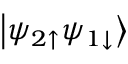
\left| \psi _ { 2 \uparrow } \psi _ { 1 \downarrow } \right>